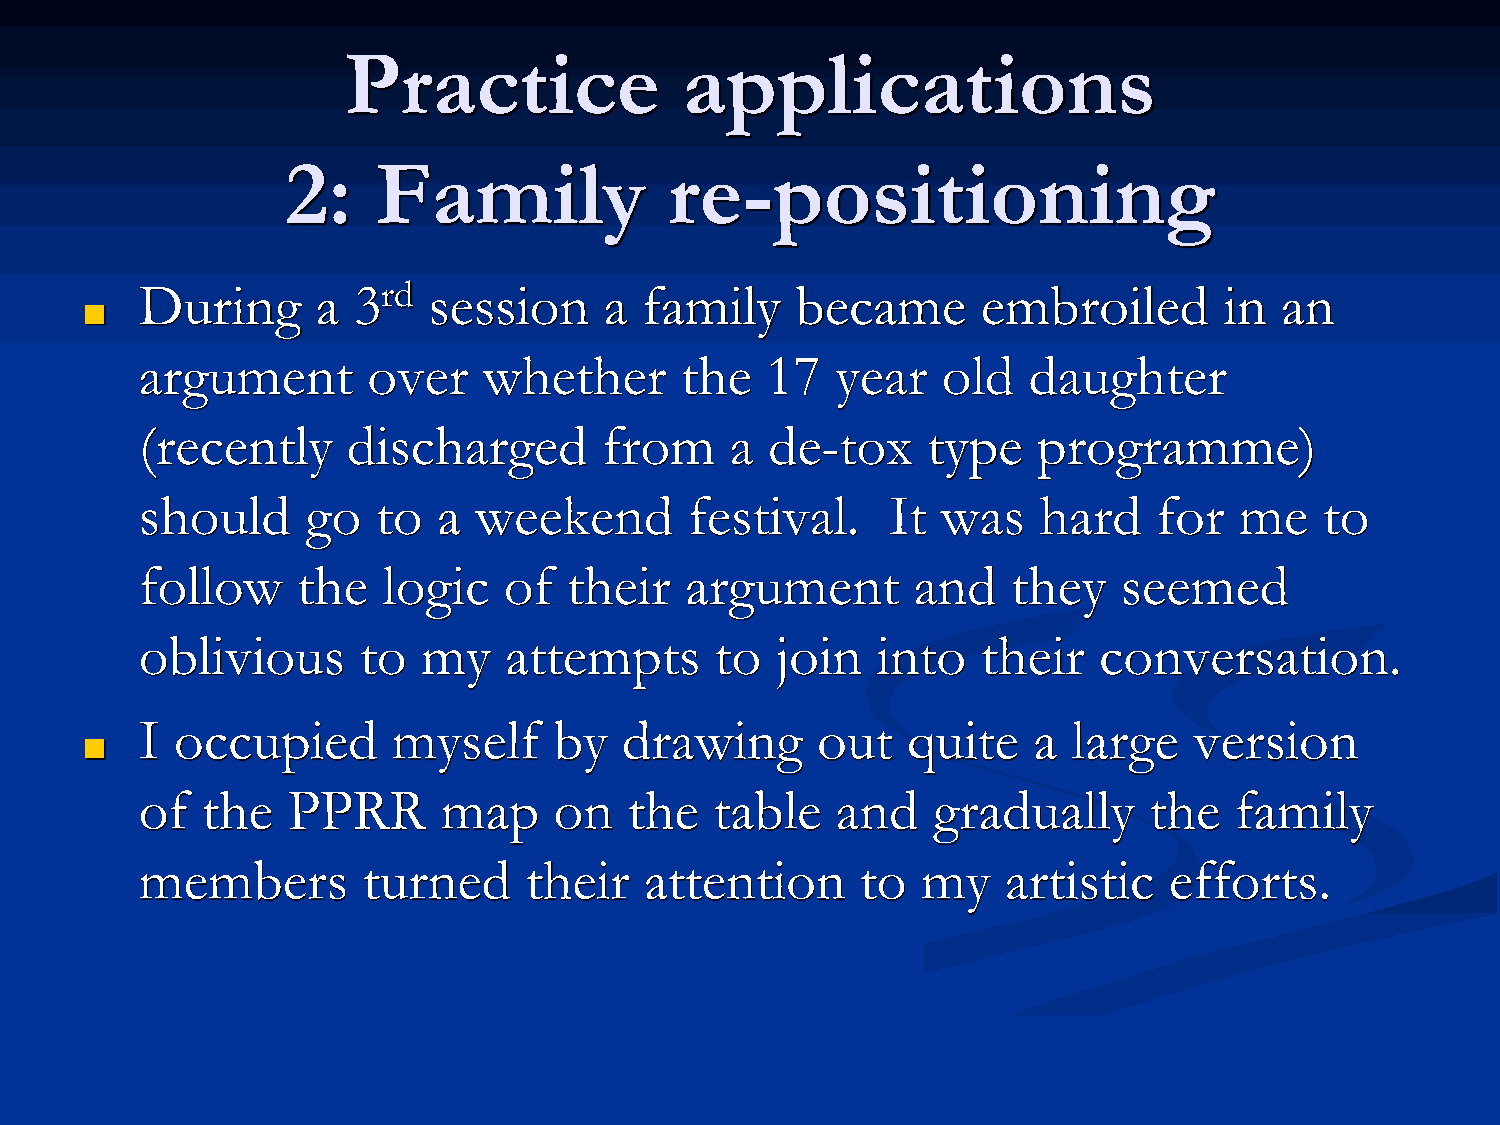
Practice              applications
 2:    Family             re-positioning
 During      a 3rd  session     a  family    became      embroiled       in  an
 ■
 argument       over    whether      the   17  year   old   daughter
 (recently     discharged       from    a  de-tox    type    programme)
 should     go   to  a weekend        festival.    It was    hard    for  me    to
 follow     the  logic   of   their  argument       and    they   seemed
 oblivious      to  my   attempts      to  join   into   their   conversation.
 I  occupied      myself     by  drawing      out   quite   a  large   version
 ■
 of  the   PPRR      map     on   the  table   and    gradually     the   family
 members        turned     their   attention     to  my    artistic  efforts.